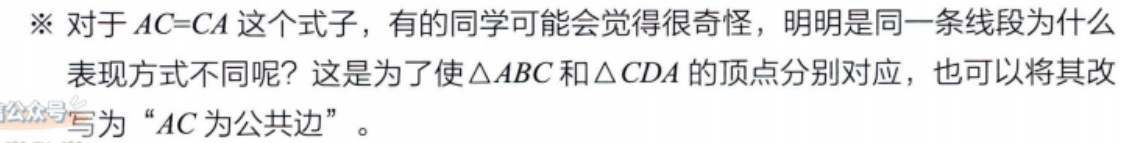
※ 对于 \(AC = CA\) 这个式子，有的同学可能会觉得很奇怪，明明是同一条线段为什么表现方式不同呢？这是为了使 \(\triangle ABC\) 和 \(\triangle CDA\) 的顶点分别对应，也可以将其改写为 “\(AC\) 为公共边”。